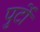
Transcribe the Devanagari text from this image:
पुर्टो